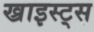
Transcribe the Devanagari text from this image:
ख्राइस्ट्स